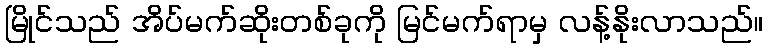
မြိုင်သည် အိပ်မက်ဆိုးတစ်ခုကို မြင်မက်ရာမှ လန့်နိုးလာသည်။